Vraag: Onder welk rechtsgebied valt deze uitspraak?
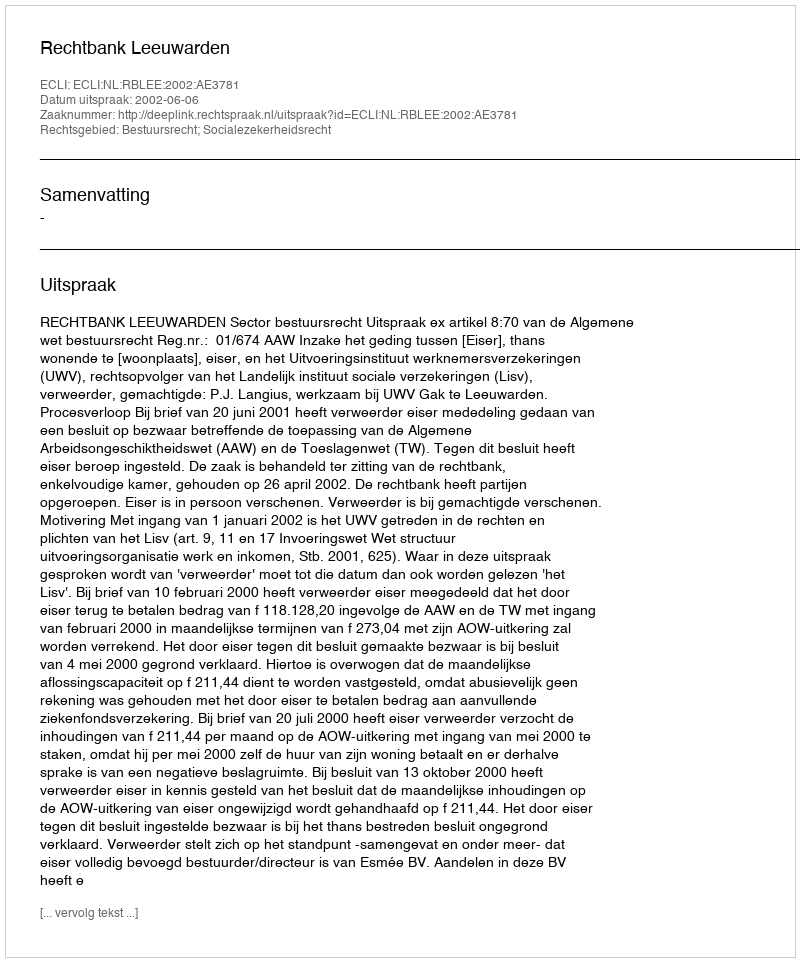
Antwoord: Bestuursrecht; Socialezekerheidsrecht